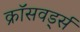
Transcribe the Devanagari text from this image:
क्रॉसवर्ड्स